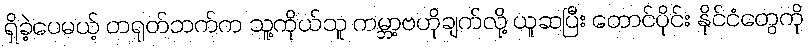
ရှိခဲ့ပေမယ့် တရုတ်ဘက်က သူ့ကိုယ်သူ ကမ္ဘာ့ဗဟိုချက်လို့ ယူဆပြီး တောင်ပိုင်း နိုင်ငံတွေကို